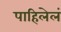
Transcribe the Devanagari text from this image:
पाहिलेलं